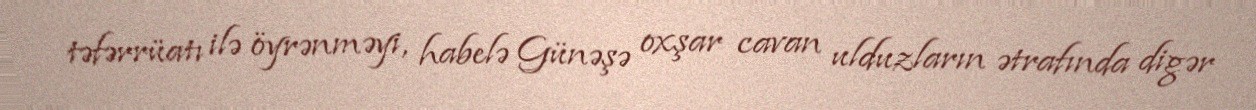
təfərrüatı ilə öyrənməyi, habelə Günəşə oxşar cavan ulduzların ətrafında digər